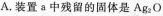
A.装置a中残留的固体是Ag_{2}O